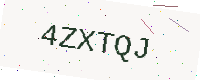
Text: 4ZXTQJ